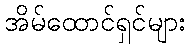
အိမ်ထောင်ရှင်များ